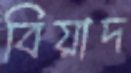
বিয়াদ